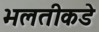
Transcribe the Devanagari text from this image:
भलतीकडे